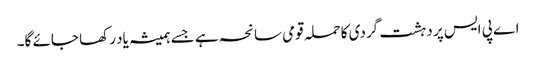
اے پی ایس پر دہشت گردی کا حملہ قومی سانحہ ہے جسے ہمیشہ یاد رکھا جائے گا۔